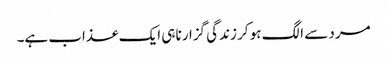
مرد سے الگ ہو کر زندگی گزارنا ہی ایک عذاب ہے۔